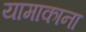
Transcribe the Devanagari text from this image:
यामाकाना